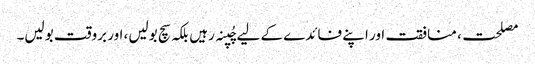
مصلحت، منافقت اور اپنے فائدے کے لیے چُپنہ رہیں بلکہ سچ بولیں، اور بروقت بولیں۔